Annual statistical returns and brief notes on vaccination in Bengal - 1909-1929
Year: 1909
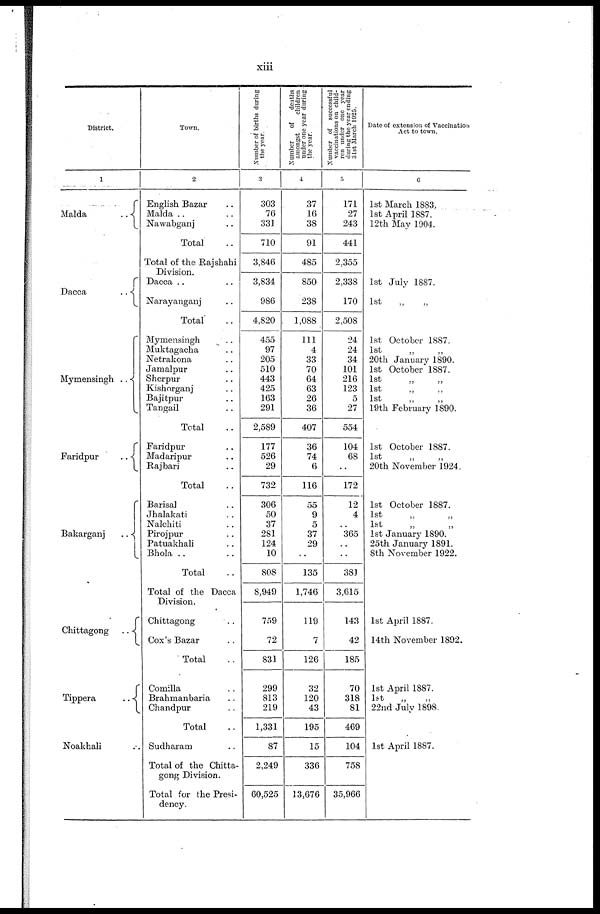
xiii
District.
1
Malda
..
Dacca
..
Mymensingh ..
Faridpur
..
Bakarganj
..
Chittagong
..
Tippera
..
Noakhali ..
Town.
2
English Bazar ..
Malda ..
Nawabganj ..
Total ..
Total of the Rajshahi
Division.
Dacca .. ..
Narayanganj ..
Total ..
Mymensingh ..
Muktagacha ..
Netrakona ..
Jamalpur ..
Sherpur ..
Kishorganj ..
Bajitpur ..
Tangail ..
Total ..
Faridpur ..
Madaripur ..
Rajbari ..
Total ..
Barisal ..
Jhalakati ..
Nalchiti ..
Pirojpur ..
Patuakhali ..
Bhola ..
Total ..
Total of the Dacca
Division.
Chittagong ..
Cox's Bazar ..
Total ..
Comilla ..
Brahmanbaria ..
Chandpur ..
Total ..
Sudharam ..
Total of the Chitta-
gong Division.
Total for the Presi-
dency.
Number of births during
the year.
3
303
76
331
710
3,846
3,834
986
4,820
455
97
205
510
443
425
163
291
2,589
177
526
29
732
306
50
37
281
124
10
808
8,949
759
72
831
299
813
219
1,331
87
2,249
60,525
Number
of
deaths
amongst
children
under one year during
the year.
4
37
16
38
91
485
850
238
1,088
111
4
33
70
64
63
26
36
407
36
74
6
116
55
9
5
37
29
..
135
1,746
119
7
126
32
120
43
195
15
336
13,676
Number of successful
vaccinations on child-
ren under one year
during the year ending
31st March 1925.
5
171
27
243
441
2,355
2,338
170
2,508
24
24
34
101
216
123
5
27
554
104
68
..
172
12
4
..
365
..
..
381
3,615
143
42
185
70
318
81
469
104
758
35,966
Date of extension of Vaccination
Act to town.
6
1st March 1883.
1st April 1887.
12th May 1904.
1st July 1887.
1st
„
„
1st October 1887.
1st „ „
20th January 1890.
1st October 1887.
1st „ „
1st „ „
1st „ „
19th February 1890.
1st October 1887.
1st „ „
20th November 1924.
1st October 1887.
1st „ „
1st January 1890.
25th January 1891.
8th November 1922.
1st April 1887.
14th November 1892.
1st April 1887.
1st
„ „
22nd July 1898.
1st April 1887.